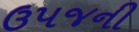
ઉપજની